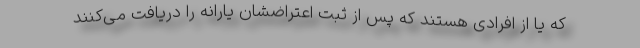
که یا از افرادی هستند که پس از ثبت اعتراضشان یارانه را دریافت می‌کنند